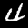
Digit: 4